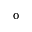
_ { 0 }